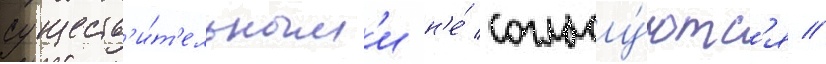
существ'и́т'ельным'и н'е́ согласу́ютс'я //